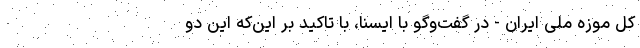
کل موزه ملی ایران - در گفت‌وگو با ایسنا، با تاکید بر این‌که این دو